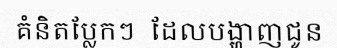
គំនិតប្លែកៗ  ដែលបង្ហាញជូន